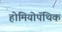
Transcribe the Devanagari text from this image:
होमियोपॅथिक